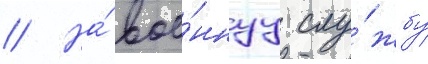
// На́ вое́ннуу слу́жбу